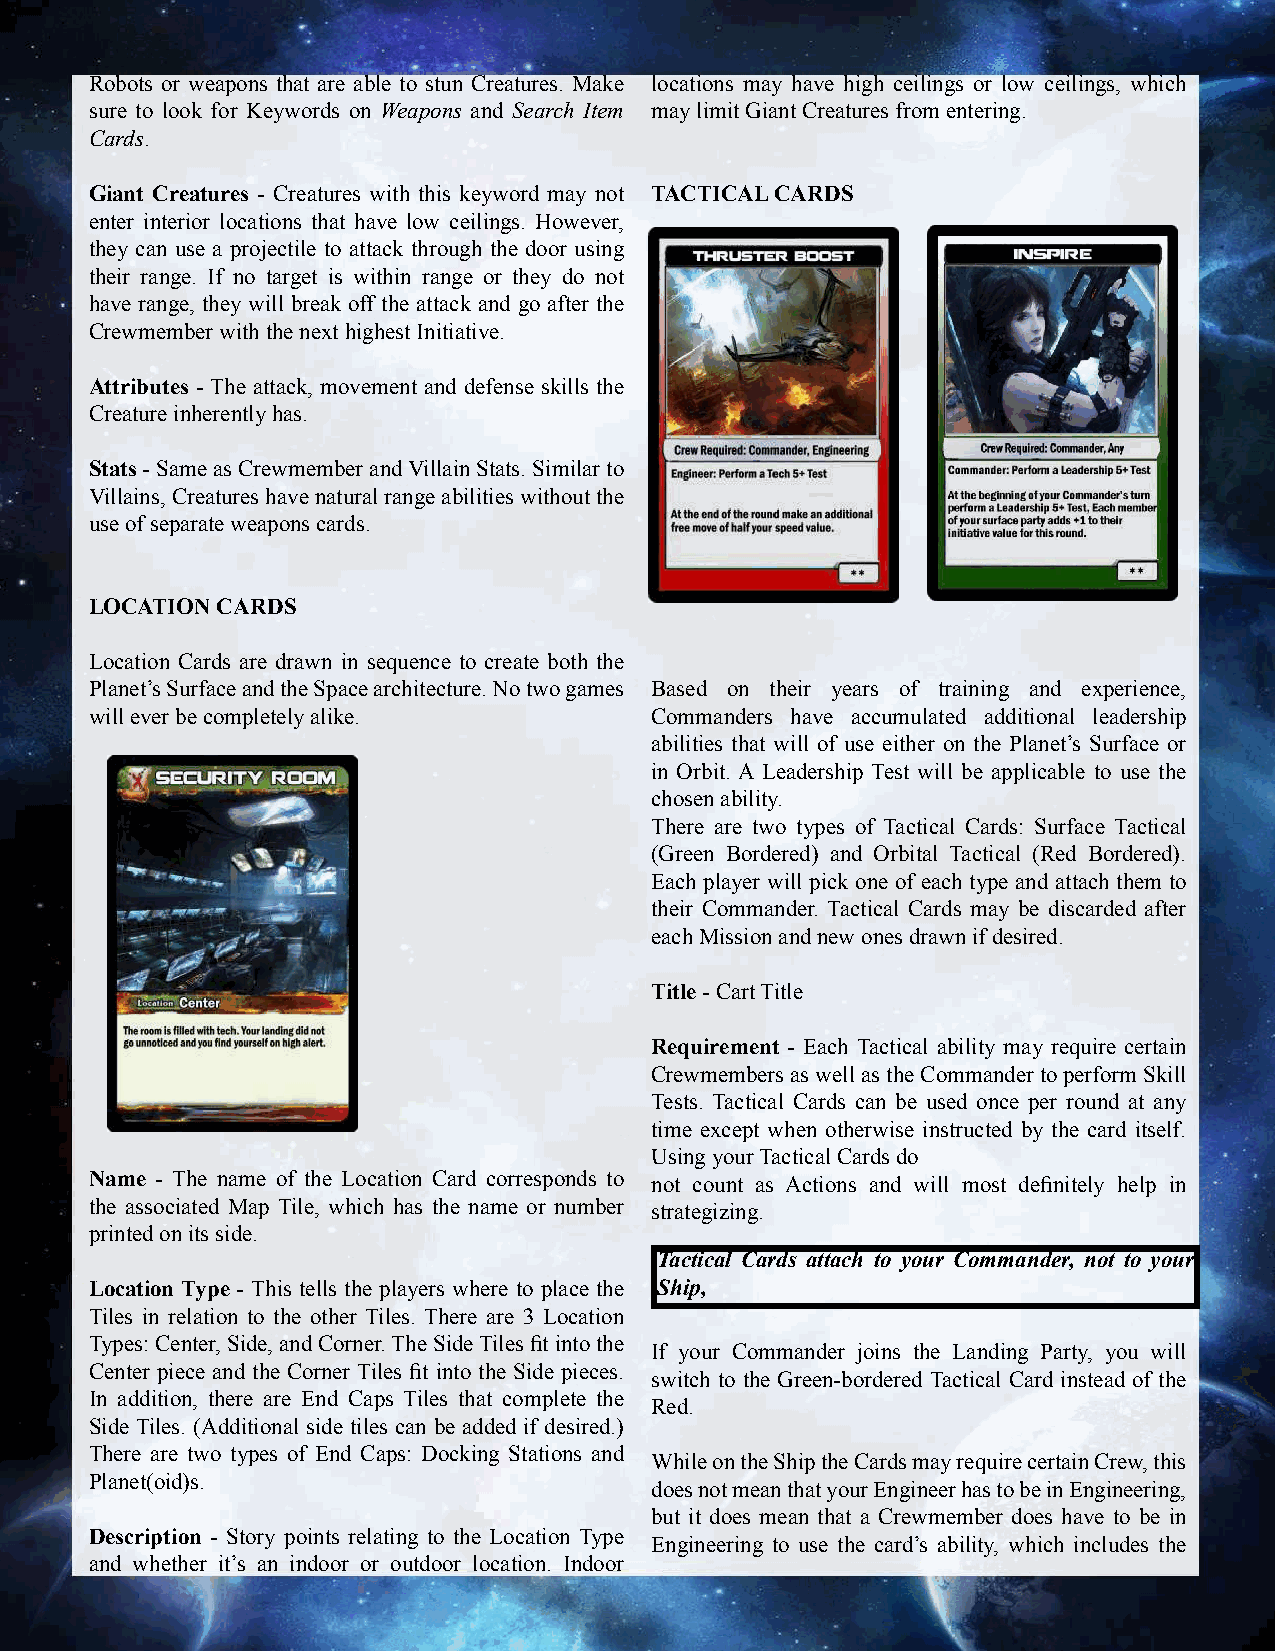
Robots or weapons that are able to stun Creatures. Make locations may have high ceilings or low ceilings, which
 sure to look for Keywords on Weapons and Search Item may limit Giant Creatures from entering.
 Cards.
 Giant Creatures - Creatures with this keyword may not TACTICAL CARDS
 enter interior locations that have low ceilings. However,
 they can use a projectile to attack through the door using
 their range. If no target is within range or they do not
 have range, they will break off the attack and go after the
 Crewmember with the next highest Initiative.
 Attributes - The attack, movement and defense skills the
 Creature inherently has.
 Stats - Same as Crewmember and Villain Stats. Similar to
 Villains, Creatures have natural range abilities without the
 use of separate weapons cards.
 LOCATION CARDS
 Location Cards are drawn in sequence to create both the
 Planet’s Surface and the Space architecture. No two games Based on their years of training and experience,
 will ever be completely alike.       Commanders have accumulated additional leadership
 abilities that will of use either on the Planet’s Surface or
 in Orbit. A Leadership Test will be applicable to use the
 chosen ability.
 There are two types of Tactical Cards: Surface Tactical
 (Green Bordered) and Orbital Tactical (Red Bordered).
 Each player will pick one of each type and attach them to
 their Commander. Tactical Cards may be discarded after
 each Mission and new ones drawn if desired.
 Title - Cart Title
 Requirement - Each Tactical ability may require certain
 Crewmembers as well as the Commander to perform Skill
 Tests. Tactical Cards can be used once per round at any
 time except when otherwise instructed by the card itself.
 Using your Tactical Cards do
 Name - The name of the Location Card corresponds to not count as Actions and will most defi nitely help in
 the associated Map Tile, which has the name or number strategizing.
 printed on its side.
 Tactical Cards attach to your Commander, not to your
 Location Type - This tells the players where to place the Ship,
 Tiles in relation to the other Tiles. There are 3 Location
 Types: Center, Side, and Corner. The Side Tiles fi t into the
 If your Commander joins the Landing Party, you will
 Center piece and the Corner Tiles fi t into the Side pieces.
 switch to the Green-bordered Tactical Card instead of the
 In addition, there are End Caps Tiles that complete the
 Red.
 Side Tiles. (Additional side tiles can be added if desired.)
 There are two types of End Caps: Docking Stations and
 While on the Ship the Cards may require certain Crew, this
 Planet(oid)s.
 does not mean that your Engineer has to be in Engineering,
 but it does mean that a Crewmember does have to be in
 Description - Story points relating to the Location Type
 Engineering to use the card’s ability, which includes the
 and whether it’s an indoor or outdoor location. Indoor